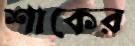
শাকের